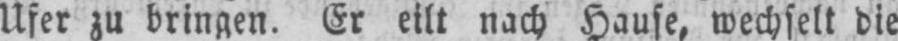
Ufer zu bringen. Er eilt nach Hause, wechselt die